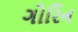
ગોરિન